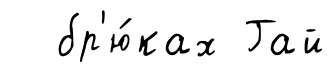
бр'ю́ках Гай